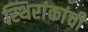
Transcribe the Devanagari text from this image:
स्थिरांकांची